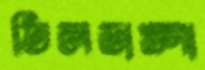
তিলডাঙ্গা